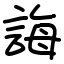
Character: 誨